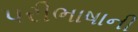
પરીભાષાની